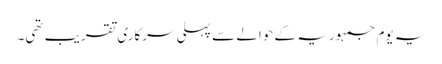
یہ یوم جمہوریہ کے حوالے سے پہلی سرکاری تقریب تھی۔